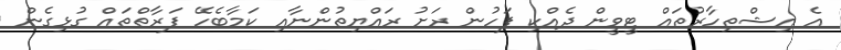
އެ އިޝްތިހާރުތައް ޓީވީން ދެއްކި ފަހުން ރަށު ރައްޔިތުންނާއި ކަމާބެހޭ ފަރާތްތައް ގުޅިގެން